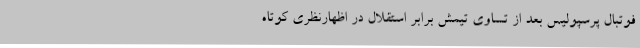
فوتبال پرسپولیس بعد از تساوی تیمش برابر استقلال در اظهارنظری کوتاه